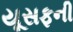
યૂસફની